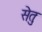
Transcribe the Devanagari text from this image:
सेतुः